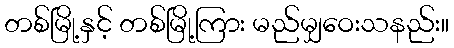
တစ်မြို့နှင့် တစ်မြို့ကြား မည်မျှဝေးသနည်း။